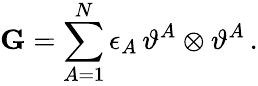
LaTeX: \mathbf{G}=\sum_{A=1}^{N}\epsilon_{A}\, \vartheta^{A}\otimes\vartheta^{A}\, .